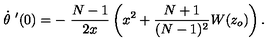
\dot { \theta } \ ^ { \prime } ( 0 ) = - \ \frac { N - 1 } { 2 x } \left( x ^ { 2 } + \frac { N + 1 } { ( N - 1 ) ^ { 2 } } W ( z _ { o } ) \right) .